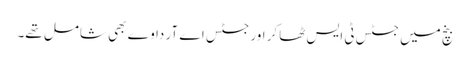
بنچ میں جسٹس ٹی ایس ٹھاکر اور جسٹس اے آر داوے بھی شامل تھے۔